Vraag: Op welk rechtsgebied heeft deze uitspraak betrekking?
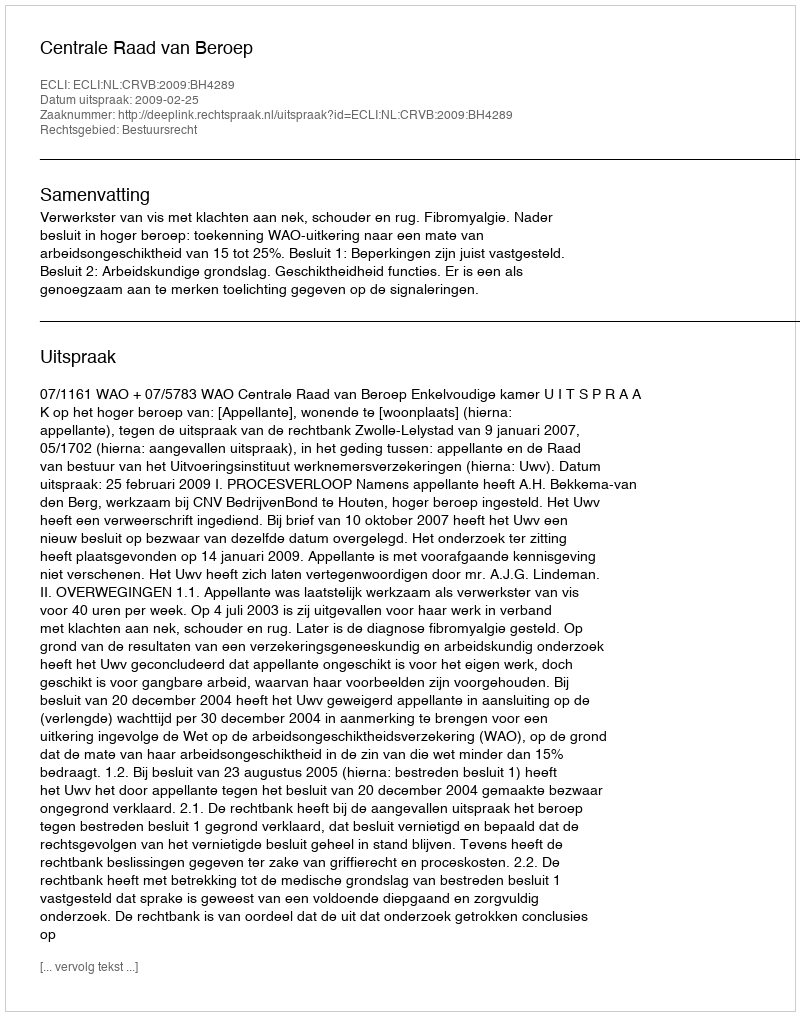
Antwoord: Bestuursrecht